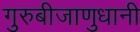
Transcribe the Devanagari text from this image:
गुरुबीजाणुधानी